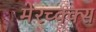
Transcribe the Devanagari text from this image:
मेरच्क्क्स